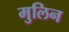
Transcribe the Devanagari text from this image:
मुलिन